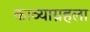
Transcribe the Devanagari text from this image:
काव्याग्रहला